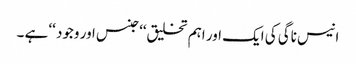
انیس ناگی کی ایک اور اہم تخلیق‘‘جنس اور وجود ‘‘ ہے ۔